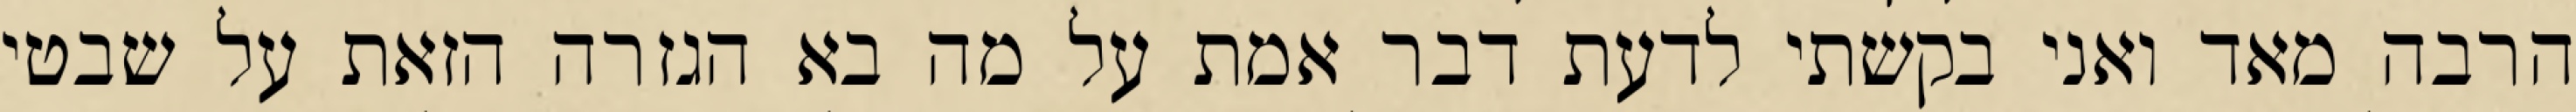
הרבה מאד ואני בקשתי לדעת דבר אמת על מה בא הגזרה הזאת על שבטי